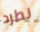
نطرد